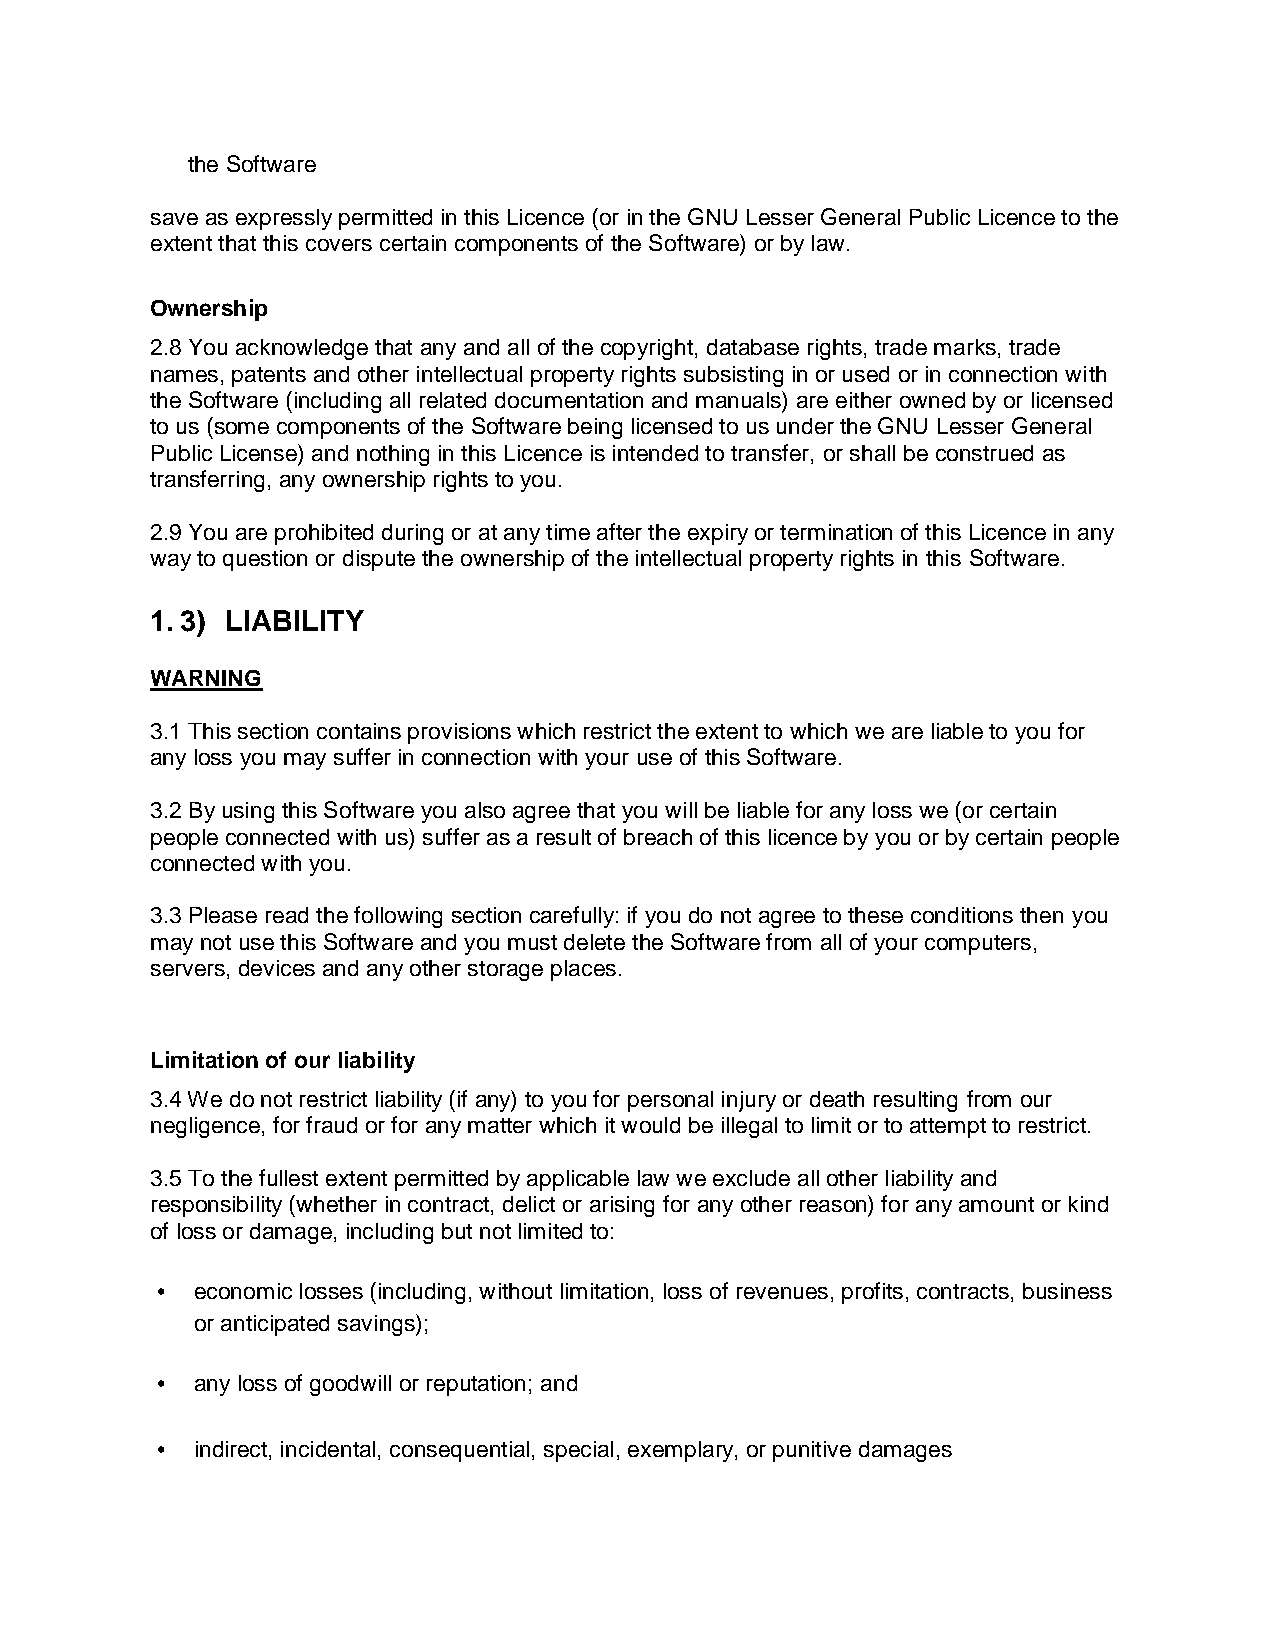
the Software
 save as expressly permitted in this Licence (or in the GNU Lesser General Public Licence to the
 extent that this covers certain components of the Software) or by law.
 Ownership
 2.8 You acknowledge that any and all of the copyright, database rights, trade marks, trade
 names, patents and other intellectual property rights subsisting in or used or in connection with
 the Software (including all related documentation and manuals) are either owned by or licensed
 to us (some components of the Software being licensed to us under the GNU Lesser General
 Public License) and nothing in this Licence is intended to transfer, or shall be construed as
 transferring, any ownership rights to you.
 2.9 You are prohibited during or at any time after the expiry or termination of this Licence in any
 way to question or dispute the ownership of the intellectual property rights in this Software.
 1. 3) LIABILITY
 WARNING
 3.1 This section contains provisions which restrict the extent to which we are liable to you for
 any loss you may suffer in connection with your use of this Software.
 3.2 By using this Software you also agree that you will be liable for any loss we (or certain
 people connected with us) suffer as a result of breach of this licence by you or by certain people
 connected with you.
 3.3 Please read the following section carefully: if you do not agree to these conditions then you
 may not use this Software and you must delete the Software from all of your computers,
 servers, devices and any other storage places.
 Limitation of our liability
 3.4 We do not restrict liability (if any) to you for personal injury or death resulting from our
 negligence, for fraud or for any matter which it would be illegal to limit or to attempt to restrict.
 3.5 To the fullest extent permitted by applicable law we exclude all other liability and
 responsibility (whether in contract, delict or arising for any other reason) for any amount or kind
 of loss or damage, including but not limited to:
 • economic losses (including, without limitation, loss of revenues, profits, contracts, business
 or anticipated savings);
 • any loss of goodwill or reputation; and
 • indirect, incidental, consequential, special, exemplary, or punitive damages